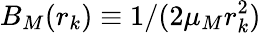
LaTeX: B_{M}(r_{k})\equiv 1/(2\mu_{M}r_{k}^{2})